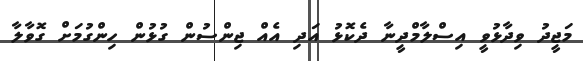
މަޖީދު ވިދާޅުވީ އިސްލާމްދީނާ ދެކޮޅު އަދި އެއް ޖިންސުން ގުޅުން ހިންގުމަށް ގޮވާލާ